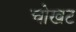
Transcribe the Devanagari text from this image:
चोखट